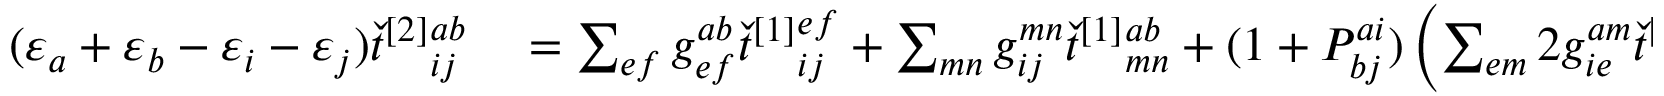
\begin{array} { r l } { ( \varepsilon _ { a } + \varepsilon _ { b } - \varepsilon _ { i } - \varepsilon _ { j } ) \check { t } ^ { [ 2 ] } { } _ { i j } ^ { a b } } & { { } = \sum _ { e f } g _ { e f } ^ { a b } \check { t } ^ { [ 1 ] } { } _ { i j } ^ { e f } + \sum _ { m n } g _ { i j } ^ { m n } \check { t } ^ { [ 1 ] } { } _ { m n } ^ { a b } + ( 1 + P _ { b j } ^ { a i } ) \left( \sum _ { e m } 2 g _ { i e } ^ { a m } \check { t } ^ { [ 1 ] } { } _ { m j } ^ { e b } \right. } \end{array}